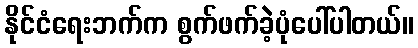
နိုင်ငံရေးဘက်က စွက်ဖက်ခဲ့ပုံပေါ်ပါတယ်။